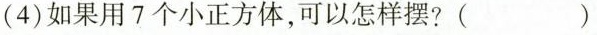
(4) 如果用 7 个小正方体，可以怎样摆? ( )